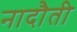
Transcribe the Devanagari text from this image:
नादौती